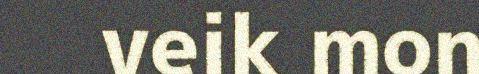
veik mon